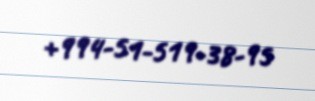
+994-51-519-38-95